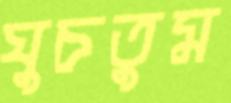
ঘুচতুম